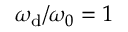
\omega _ { \mathrm { d } } / \omega _ { 0 } = 1